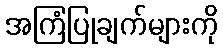
အကြံပြုချက်များကို